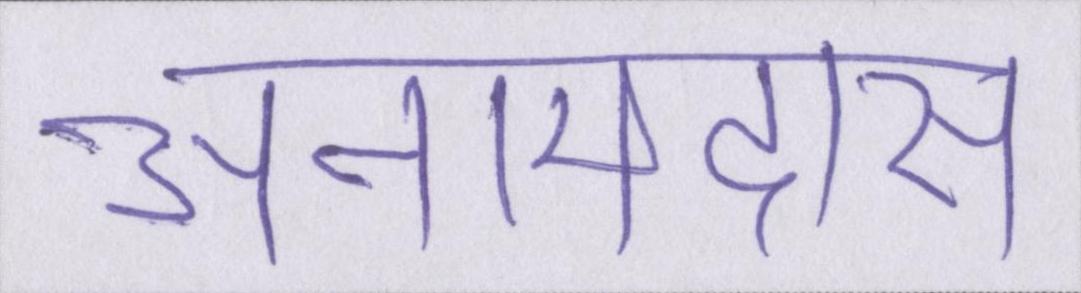
अनामदास